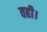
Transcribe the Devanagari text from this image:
वही।